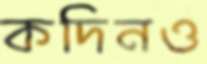
কদিনও